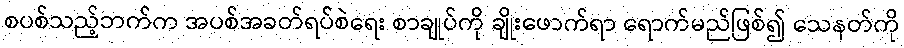
စပစ်သည့်ဘက်က အပစ်အခတ်ရပ်စဲရေး စာချုပ်ကို ချိုးဖောက်ရာ ရောက်မည်ဖြစ်၍ သေနတ်ကို